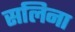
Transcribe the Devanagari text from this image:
सलिना